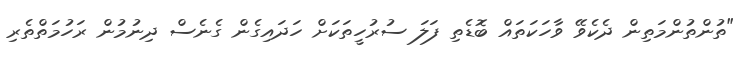
"ތުންތުންމަތިން ދެކެވޭ ވާހަކަތައް ބޮޑެތި ފަލަ ސުރުހީތަކަށް ހަދައިގެން ގެނެސް ދިނުމުން ރަހުމަތްތެރި